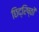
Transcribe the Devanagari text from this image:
छिद्रिष्ठों